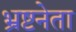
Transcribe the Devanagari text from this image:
भ्रष्टनेता